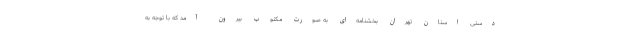
دستی استان تهران بخشنامه‌ای به صورت مکتوب بیرون آمد که با توجه به